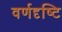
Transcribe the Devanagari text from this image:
वर्णदृष्टि